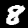
Label: 8